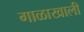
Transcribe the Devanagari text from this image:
गाळाखाली